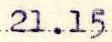
21.15